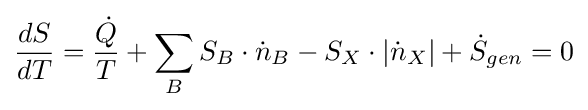
{\frac {dS}{dT}}={\frac {\dot {Q}}{T}}+\sum _{B}S_{B}\cdot {\dot {n}}_{B}-S_{X}\cdot |{\dot {n}}_{X}|+{\dot {S}}_{gen}=0